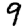
Digit: 9